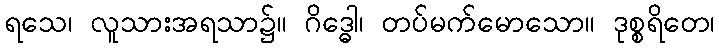
ရသေ၊ လူသားအရသာ၌။ ဂိဒ္ဓေါ၊ တပ်မက်မောသော။ ဒုစ္စရိတေ၊